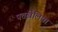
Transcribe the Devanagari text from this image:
पत्तखेलिया